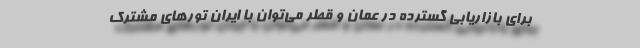
برای بازاریابی گسترده در عمان و قطر می‌توان با ایران تورهای مشترک